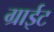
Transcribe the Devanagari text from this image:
ग्राईट